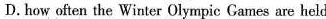
D. how often the Winter Olympic Games are held